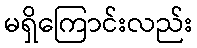
မရှိကြောင်းလည်း